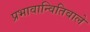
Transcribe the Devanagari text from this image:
प्रभावान्वितिवाले